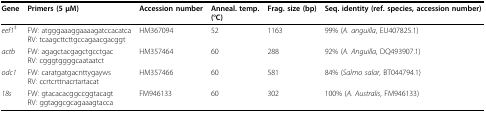
<table><thead><tr><td><b>Gene</b></td><td><b>Primers (5 μM)</b></td><td><b>Accession number</b></td><td><b>Anneal. temp. (°C)</b></td><td><b>Frag. size (bp)</b></td><td><b>Seq. identity (ref. species, accession number)</b></td></tr></thead><tbody><tr><td><i>eef1</i><sup>‡</sup></td><td>FW: atgggaaaggaaaagatccacatcaRV: tcaagcttcttgccagaacgacggt</td><td>HM367094</td><td>52</td><td>1163</td><td>99% (<i>A. anguilla</i>, EU407825.1)</td></tr><tr><td><i>actb</i></td><td>FW: agagctacgagctgcctgacRV: cgggtggggcaataatct</td><td>HM357464</td><td>60</td><td>288</td><td>92% (<i>A. Anguilla</i>, DQ493907.1)</td></tr><tr><td><i>odc1</i></td><td>FW: caratgatgacnttygaywsRV: ccrtcrttnacrtartacat</td><td>HM357466</td><td>60</td><td>581</td><td>84% (<i>Salmo salar</i>, BT044794.1)</td></tr><tr><td><i>18s</i></td><td>FW: gtacacacggccggtacagtRV: ggtaggcgcagaaagtacca</td><td>FM946133</td><td>60</td><td>302</td><td>100% (<i>A. Australis</i>, FM946133)</td></tr></tbody></table>